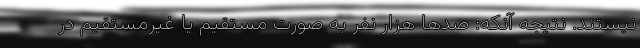
نیستند. نتیجه آنکه: صدها هزار نفر به صورت مستقيم يا غير‌مستقيم در